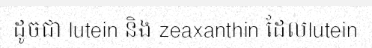
ដូចជា lutein និង zeaxanthin ដែលlutein